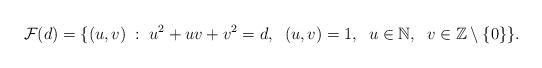
LaTeX: \begin{align*}\mathcal{F}(d)=\{(u,v)\; : \; u^2+uv+v^2=d, \;\; (u,v)=1, \;\; u\in\mathbb{N}, \;\; v\in\mathbb{Z}\setminus \{0\} \}.\end{align*}